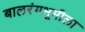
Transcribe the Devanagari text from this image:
बालरंगभूमीला